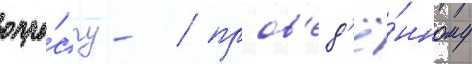
опро́су - / пров'ед'ё́нному